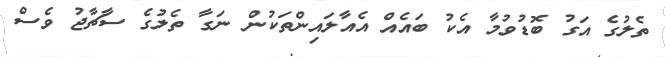
ތެލުގެ އަގު ބޮޑުވުމާ އެކު ބައެއް އެއާލައިންތަކުން ނަގާ ތެލުގެ ސާޗާޖު ވެސް